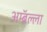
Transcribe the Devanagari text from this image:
अम्ब्रॅल्ला